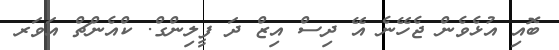
ބޮއި އުޅެވެން ޖެހޭނެ އޭ ދިސް އިޒް ދަ ފީލިންގް. ކްއެންޗް އަވަރ